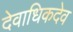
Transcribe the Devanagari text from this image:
देवाधिकदेव